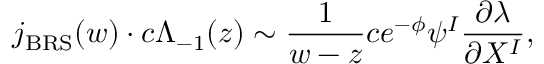
j _ { \mathrm { B R S } } ( w ) \cdot c \Lambda _ { - 1 } ( z ) \sim \frac { 1 } { w - z } c e ^ { - \phi } \psi ^ { I } \frac { \partial \lambda } { \partial X ^ { I } } ,